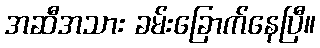
အဆီအသား ခမ်းခြောက်နေပြီ။